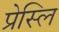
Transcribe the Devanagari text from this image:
प्रेस्लि